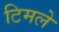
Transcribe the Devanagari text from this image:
टिमले